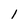
Character: 1